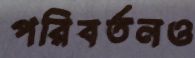
পরিবর্তনও